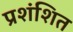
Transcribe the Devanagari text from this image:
प्रशंशित